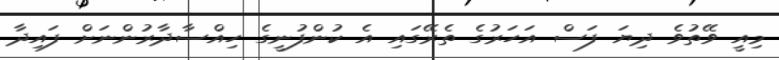
މިއީ ވޭތުވެ ދިޔަ ފަސް އަހަރުގެ ތެރޭގައި އެ ކުންފުނީގެ ހިއްސާދާރުންނަށް ފައިދާ